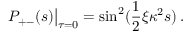
P _ { + - } ( s ) \big | _ { \tau = 0 } = \sin ^ { 2 } ( \frac { 1 } { 2 } \xi \kappa ^ { 2 } s ) \, .